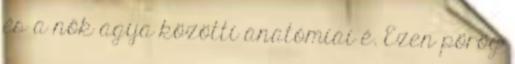
és a nők agya közötti anatómiai é. Ezen pörög